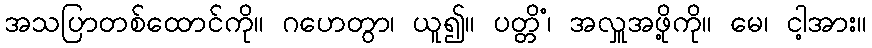
အသပြာတစ်ထောင်ကို။ ဂဟေတွာ၊ ယူ၍။ ပတ္တိံ၊ အလှူအဖို့ကို။ မေ၊ ငါ့အား။